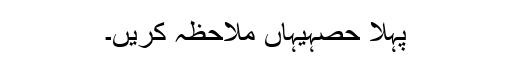
پہلا حصہیہاں ملاحظہ کریں۔